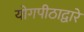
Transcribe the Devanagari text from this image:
योगपीठाद्वारे